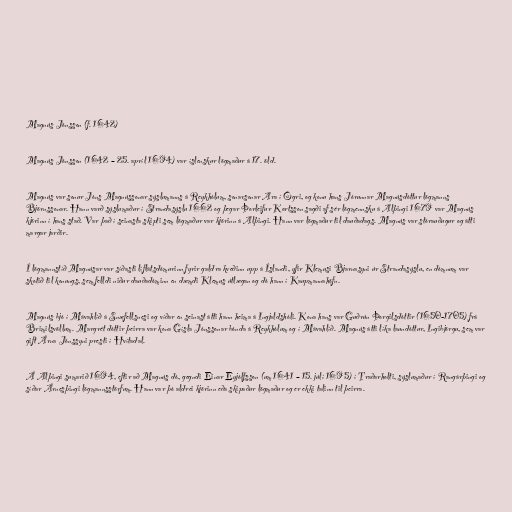
Magnús Jónsson (f. 1642)

Magnús Jónsson (1642 – 25. apríl 1694) var íslenskur lögmaður á 17. öld.

Magnús var sonur Jóns Magnússonar sýslumanns á Reykhólum, sonarsonar Ara í Ögri, og konu hans Jórunnar Magnúsdóttur lögmanns
Björnssonar. Hann varð sýslumaður í Strandasýslu 1662 og þegar Þorleifur Kortsson sagði af sér lögmennsku á Alþingi 1679 var Magnús
kjörinn í hans stað. Var það í seinasta skipti sem lögmaður var kjörinn á Alþingi. Hann var lögmaður til dauðadags. Magnús var stórauðugur og átti
margar jarðir.

Í lögmannstíð Magnúsar var síðasti líflátsdómurinn fyrir galdra kveðinn upp á Íslandi, yfir Klemusi Bjarnasyni úr Strandasýslu, en dómnum var
skotið til konungs, sem felldi niður dauðadóminn en dæmdi Klemus útlægan og dó hann í Kaupmannahöfn.

Magnús bjó í Mávahlíð á Snæfellsnesi og víðar en seinast átti hann heima á Ingjaldshóli. Kona hans var Guðrún Þorgilsdóttir (1650-1705) frá
Brimilsvöllum. Margrét dóttir þeirra var kona Gísla Jónssonar bónda á Reykhólum og í Mávahlíð. Magnús átti líka laundóttur, Ingibjörgu, sem var
gift Árna Jónssyni presti í Hvítadal.

Á Alþingi sumarið 1694, eftir að Magnús dó, gegndi Einar Eyjólfsson (um 1641 – 15. júlí 1695) í Traðarholti, sýslumaður í Rangárþingi og
síðar Árnesþingi lögmannsstörfum. Hann var þó aldrei kjörinn eða skipaður lögmaður og er ekki talinn til þeirra.